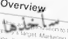
سآخذها